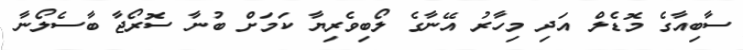
ސާބިއާގެ މޮޑެލް އަދި މިހާރު އޭނާގެ ލޯބިވެރިޔާ ކަމަށް ބުނާ ސޮރޯޖާ ބާސެލޯނާ